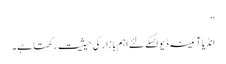
‘‘
انڈیا آئینہ ڈیوائسکے لئے اہم بازار کی حیثیت رکھتا ہے۔